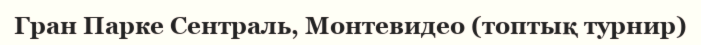
Гран Парке Сентраль, Монтевидео (топтық турнир)